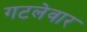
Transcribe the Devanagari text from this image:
गटलेवार